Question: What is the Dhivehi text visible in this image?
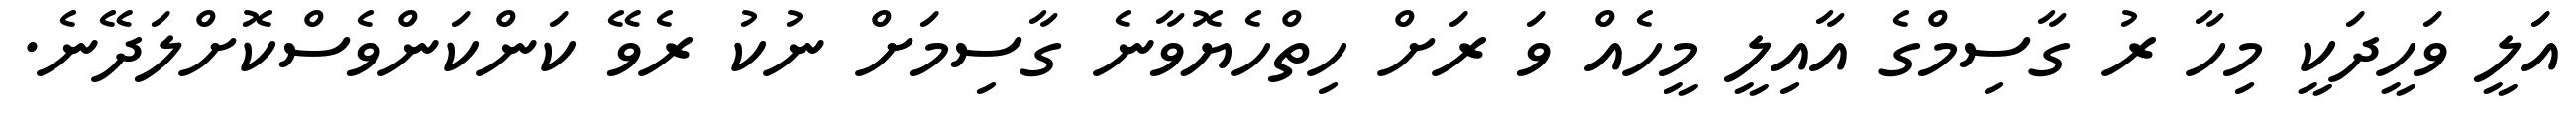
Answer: އަލީ ވަހީދަކީ މިހާ ރު ގާސިމްގެ އާއިލީ މީހެއް ވަ ރަށް ހިތްހެޔޮވާނެ ގާސިމަށް ނުކު ރެވޭ ކަންކަންވެސްކޮށްލަދޭނެ.